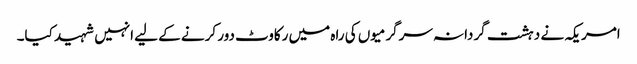
امریکہ نے دہشت گردانہ سرگرمیوں کی راہ میں رکاوٹ دور کرنے کے لیے انہیں شہید کیا۔